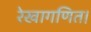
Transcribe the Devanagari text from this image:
रेखागणित।